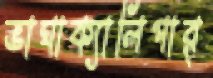
ভাঘাক্যালিপার্